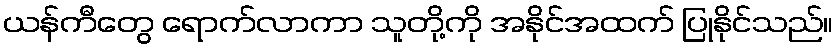
ယန်ကီတွေ ရောက်လာကာ သူတို့ကို အနိုင်အထက် ပြုနိုင်သည်။